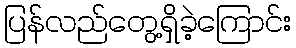
ပြန်လည်တွေ့ရှိခဲ့ကြောင်း